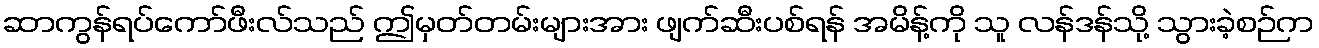
ဆာကွန်ရပ်ကော်ဖီးလ်သည် ဤမှတ်တမ်းများအား ဖျက်ဆီးပစ်ရန် အမိန့်ကို သူ လန်ဒန်သို့ သွားခဲ့စဉ်က